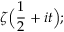
\zeta { \Bigl ( } { \frac { 1 } { 2 } } + i t { \Bigr ) } ;